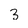
Character: 3